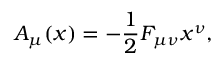
A _ { \mu } ( x ) = - { \frac { 1 } { 2 } } F _ { \mu \nu } x ^ { \nu } ,